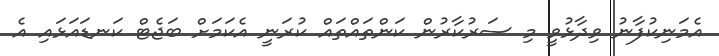
އެމަނިކުފާނު ވިދާޅުވީ މި ސަރުކާރުން ކަންތައްތައް ކުރަނީ އެކަމަށް ބަޖެޓް ކަނޑައަޅައި އެ